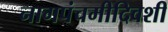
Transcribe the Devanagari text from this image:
नागपंचमीदिवशी